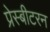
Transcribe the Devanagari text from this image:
प्रेस्बीटरन